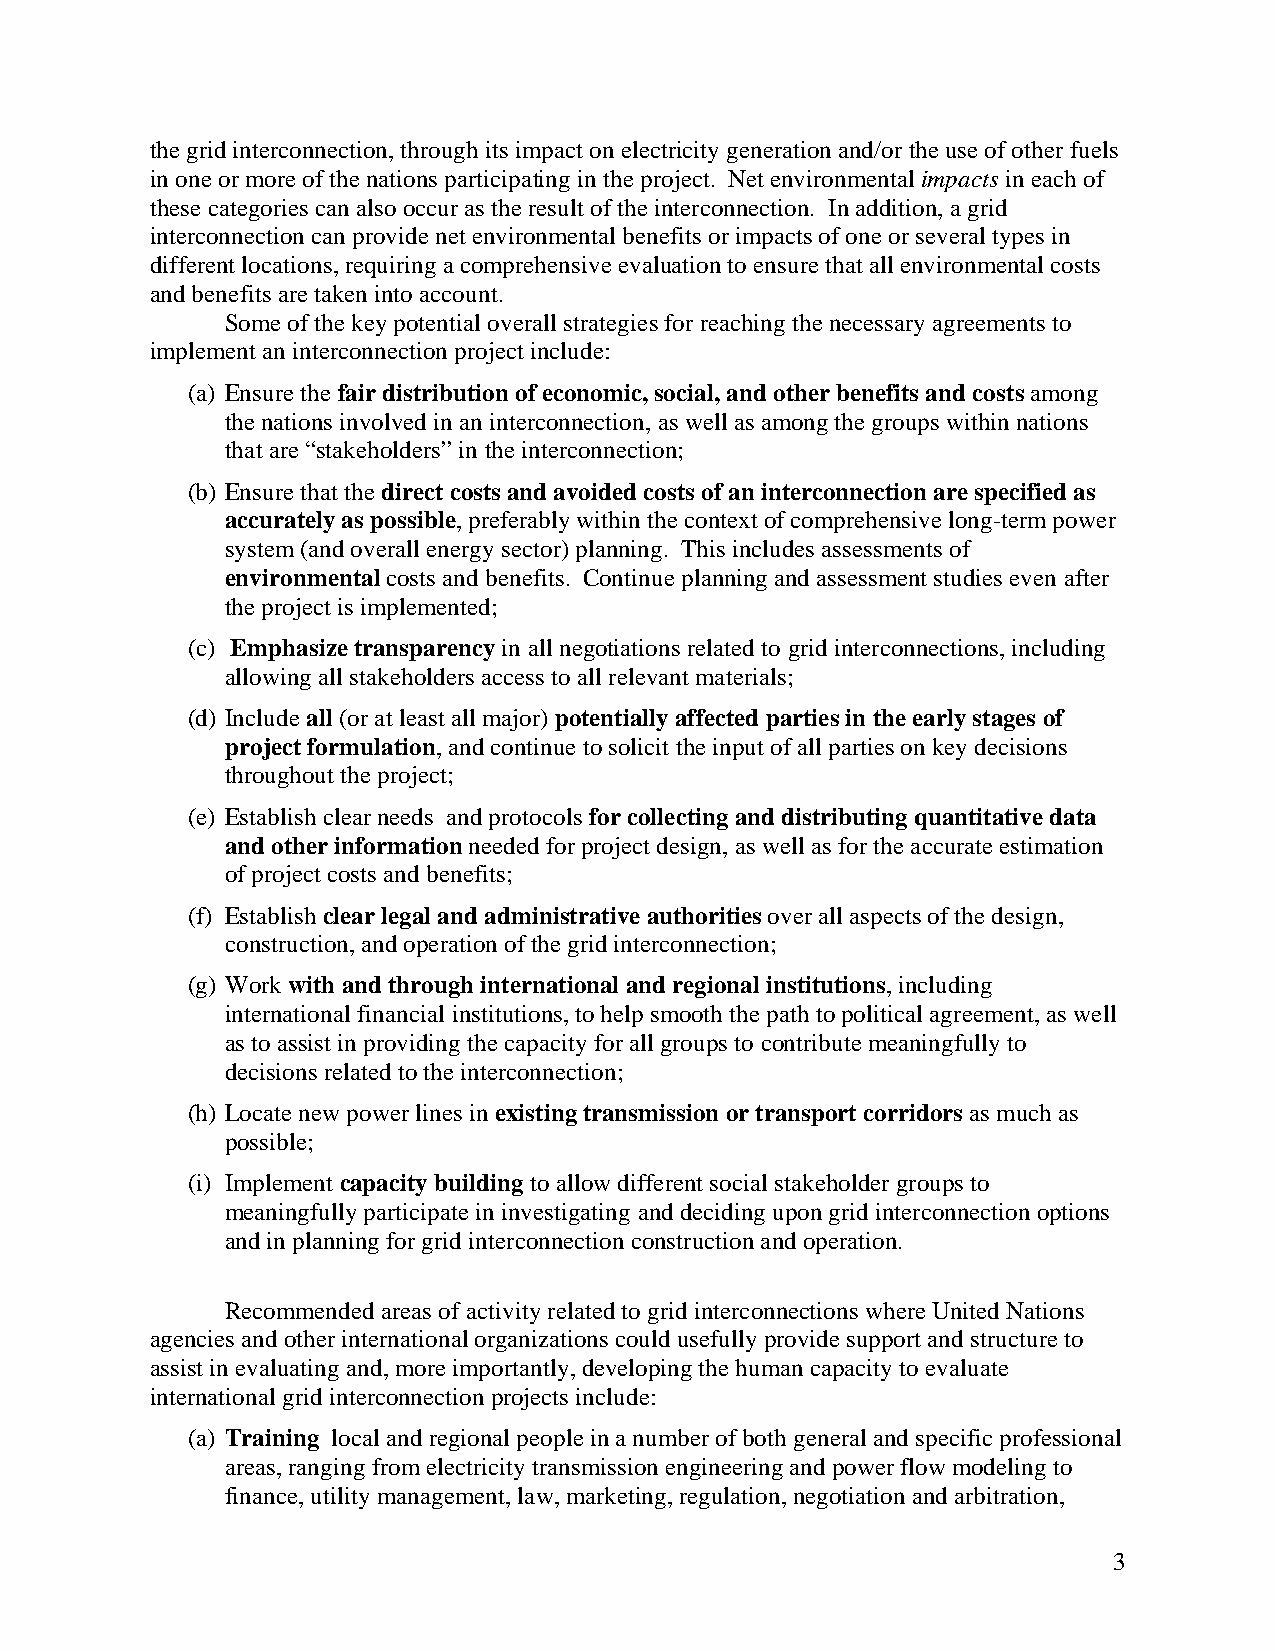
the grid interconnection, through its impact on electricity generation and/or the use of other fuels
 in one or more of the nations participating in the project. Net environmental impacts in each of
 these categories can also occur as the result of the interconnection. In addition, a grid
 interconnection can provide net environmental benefits or impacts of one or several types in
 different locations, requiring a comprehensive evaluation to ensure that all environmental costs
 and benefits are taken into account.
 Some of the key potential overall strategies for reaching the necessary agreements to
 implement an interconnection project include:
 (a) Ensure the fair distribution of economic, social, and other benefits and costs among
 the nations involved in an interconnection, as well as among the groups within nations
 that are “stakeholders” in the interconnection;
 (b) Ensure that the direct costs and avoided costs of an interconnection are specified as
 accurately as possible, preferably within the context of comprehensive long-term power
 system (and overall energy sector) planning. This includes assessments of
 environmental costs and benefits. Continue planning and assessment studies even after
 the project is implemented;
 (c) Emphasize transparency in all negotiations related to grid interconnections, including
 allowing all stakeholders access to all relevant materials;
 (d) Include all (or at least all major) potentially affected parties in the early stages of
 project formulation, and continue to solicit the input of all parties on key decisions
 throughout the project;
 (e) Establish clear needs and protocols for collecting and distributing quantitative data
 and other information needed for project design, as well as for the accurate estimation
 of project costs and benefits;
 (f) Establish clear legal and administrative authorities over all aspects of the design,
 construction, and operation of the grid interconnection;
 (g) Work with and through international and regional institutions, including
 international financial institutions, to help smooth the path to political agreement, as well
 as to assist in providing the capacity for all groups to contribute meaningfully to
 decisions related to the interconnection;
 (h) Locate new power lines in existing transmission or transport corridors as much as
 possible;
 (i) Implement capacity building to allow different social stakeholder groups to
 meaningfully participate in investigating and deciding upon grid interconnection options
 and in planning for grid interconnection construction and operation.
 Recommended areas of activity related to grid interconnections where United Nations
 agencies and other international organizations could usefully provide support and structure to
 assist in evaluating and, more importantly, developing the human capacity to evaluate
 international grid interconnection projects include:
 (a) Training local and regional people in a number of both general and specific professional
 areas, ranging from electricity transmission engineering and power flow modeling to
 finance, utility management, law, marketing, regulation, negotiation and arbitration,
 3